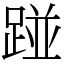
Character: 踫